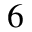
6